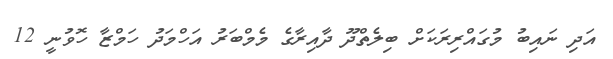
އަދި ނައިބު މުގައްރިރަކަށް ބިލެތްދޫ ދާއިރާގެ މެމްބަރު އަހްމަދު ހަމްޒާ ހޮވުނީ 12